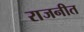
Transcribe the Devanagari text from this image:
राजनीत